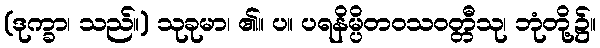
(ဒုက္ခာ၊ သည်။) သုခုမာ၊ ၏။ ပ။ ပရနိမ္ပိတဝသဝတ္တီသု၊ ဘုံတို့၌။